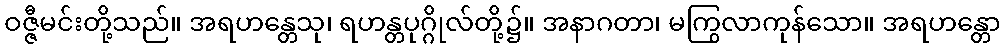
ဝဇ္ဇီမင်းတို့သည်။ အရဟန္တေသု၊ ရဟန္တပုဂ္ဂိုလ်တို့၌။ အနာဂတာ၊ မကြွလာကုန်သော။ အရဟန္တော